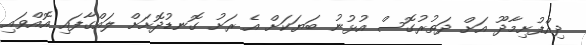
ދިއްފުށިމާދޫ އަށް ދަތުރުގޮސް އުޅުނު ބަޔަކަށް އެ ރަށު ގޮނޑުދޮށަށް ލައްގާފައި އޮއްވައި